Reports on dispensaries and lunatic asylums in the Province of Oudh - 1869-1876
Year: 1869
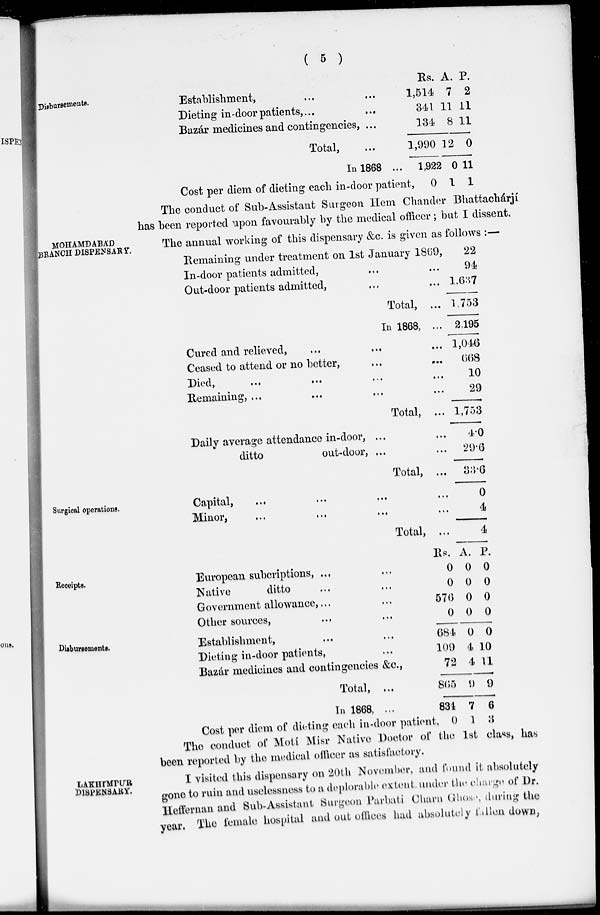
( 5 )
Disbursements.
Establishment, ... ...
Dieting in-door patients, ... ...
Bazár medicines and contingencies, ...
Total, ...
In 1868 ...
Cost per diem of dieting each in-door patient,
Rs.
1,514
341
134
1,990
1,922
0
A.
7
11
8
12
0
1
P.
2
11
11
0
11
1
The conduct of Sub-Assistant Surgeon Hem Chander Bhattacharjí
has been reported upon favourably by the medical officer ; but I dissent.
MOHAMDABÁD
BRANCH DISPENSARY.
The annual working of this dispensary &c. is given as follows :—
Remaining under treatment on 1st January 1869,
In-door patients admitted, ... ...
Out-door patients admitted, ... ...
Total, ...
In 1868, ...
Cured and relieved, ... ... ...
Ceased to attend or no better, ... ...
Died,
...
...
...
...
Remaining, ... ... ... ...
Total, ...
Daily average attendance in-door, ... ...
ditto
out-door, ... ...
Total, ...
22
94
1,637
1,753
2,195
1,046
668
10
29
1,753
4.0
29.6
33.6
Surgical operations.
Capital,
...
...
...
...
Minor, ... ... ... ...
Total, ...
0
4
4
Receipts.
European subcriptions, ... ...
Native
ditto ... ...
Government allowance, ... ...
Other sources, ... ...
Rs.
0
0
576
0
A.
0
0
0
0
P.
0
0
0
0
Disbursements.
Establishment, ... ...
Dieting in-door patients, ...
Bazár medicines and contingencies &c.,
Total, ...
In 1868, ...
Cost per diem of dieting each in-door patient,
684
109
72
865
834
0
0
4
4
9
7
1
0
10
11
9
6
3
The conduct of Motí Misr Native Doctor of the 1st class, has
been reported by the medical officer as satisfactory.
LAKHIMPUR DISPENSARY. I visited this dispensary on 20th November, and found it absolutely
gone to ruin and uselessness to a deplorable extent under the charge of Dr.
Heffernan and Sub-Assistant Surgeon Parbati Charn Ghose, during the
year. The female hospital and out offices had absolutely fallen down,